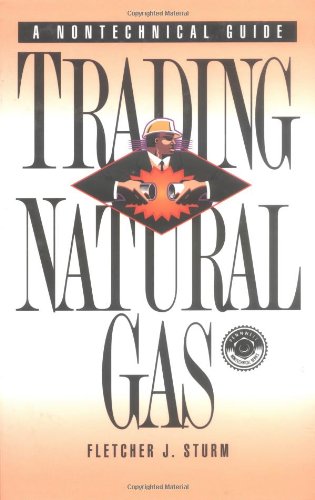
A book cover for Trading Natural Gas: Cash, Futures, Options and Swaps; Fletcher J. Sturm; Business & Money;